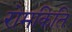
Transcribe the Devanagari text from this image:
रोमकिति